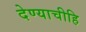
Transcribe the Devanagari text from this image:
देण्याचीहि